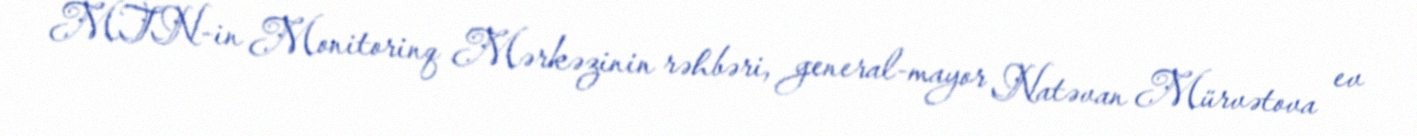
MTN-in Monitorinq Mərkəzinin rəhbəri, general-mayor Natəvan Mürvətova ev